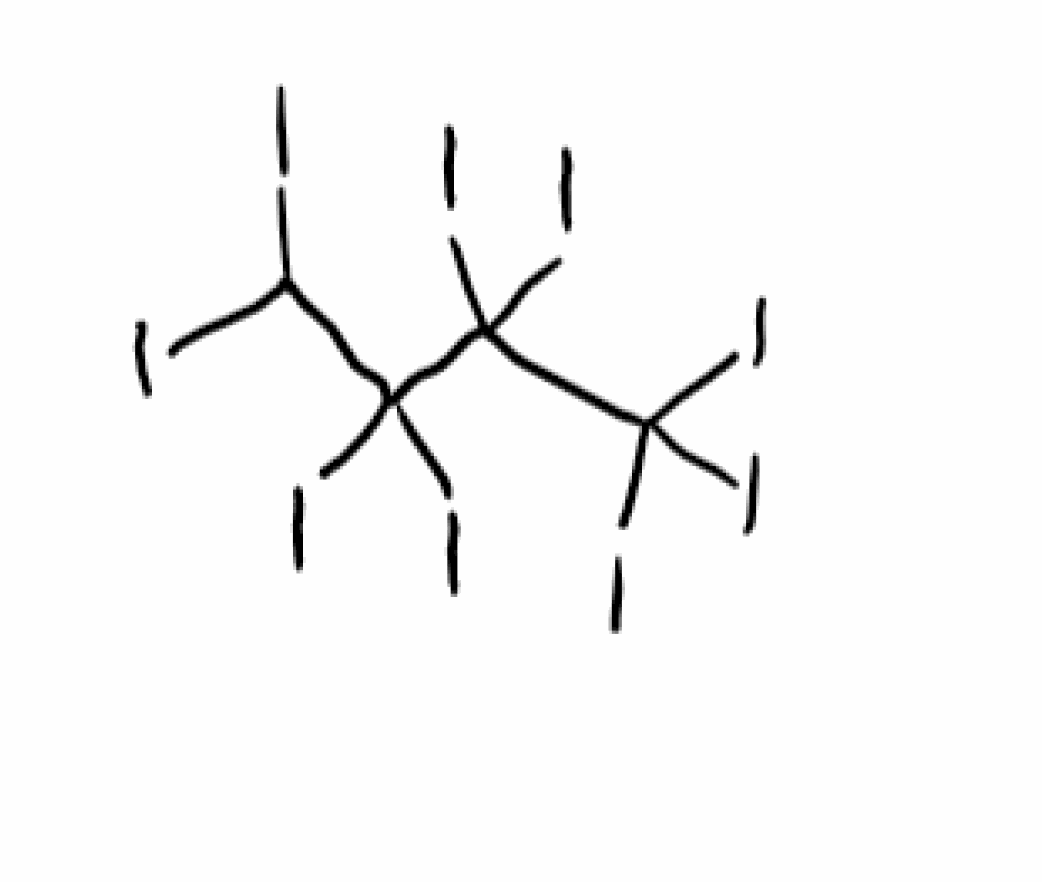
Simplified molecular-input line-entry system (SMILES) notation of the given molecule:
C(C(C(C(I)(I)I)(I)I)(I)I)(I)I